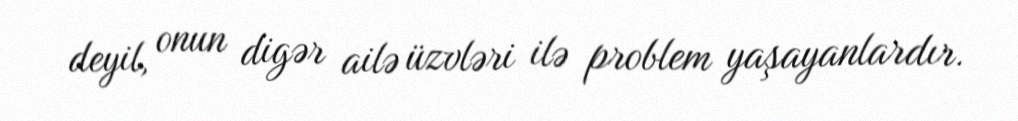
deyil, onun digər ailə üzvləri ilə problem yaşayanlardır.